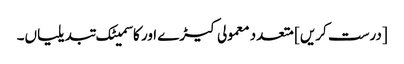
[درست کریں] متعدد معمولی کیڑے اور کاسمیٹک تبدیلیاں۔